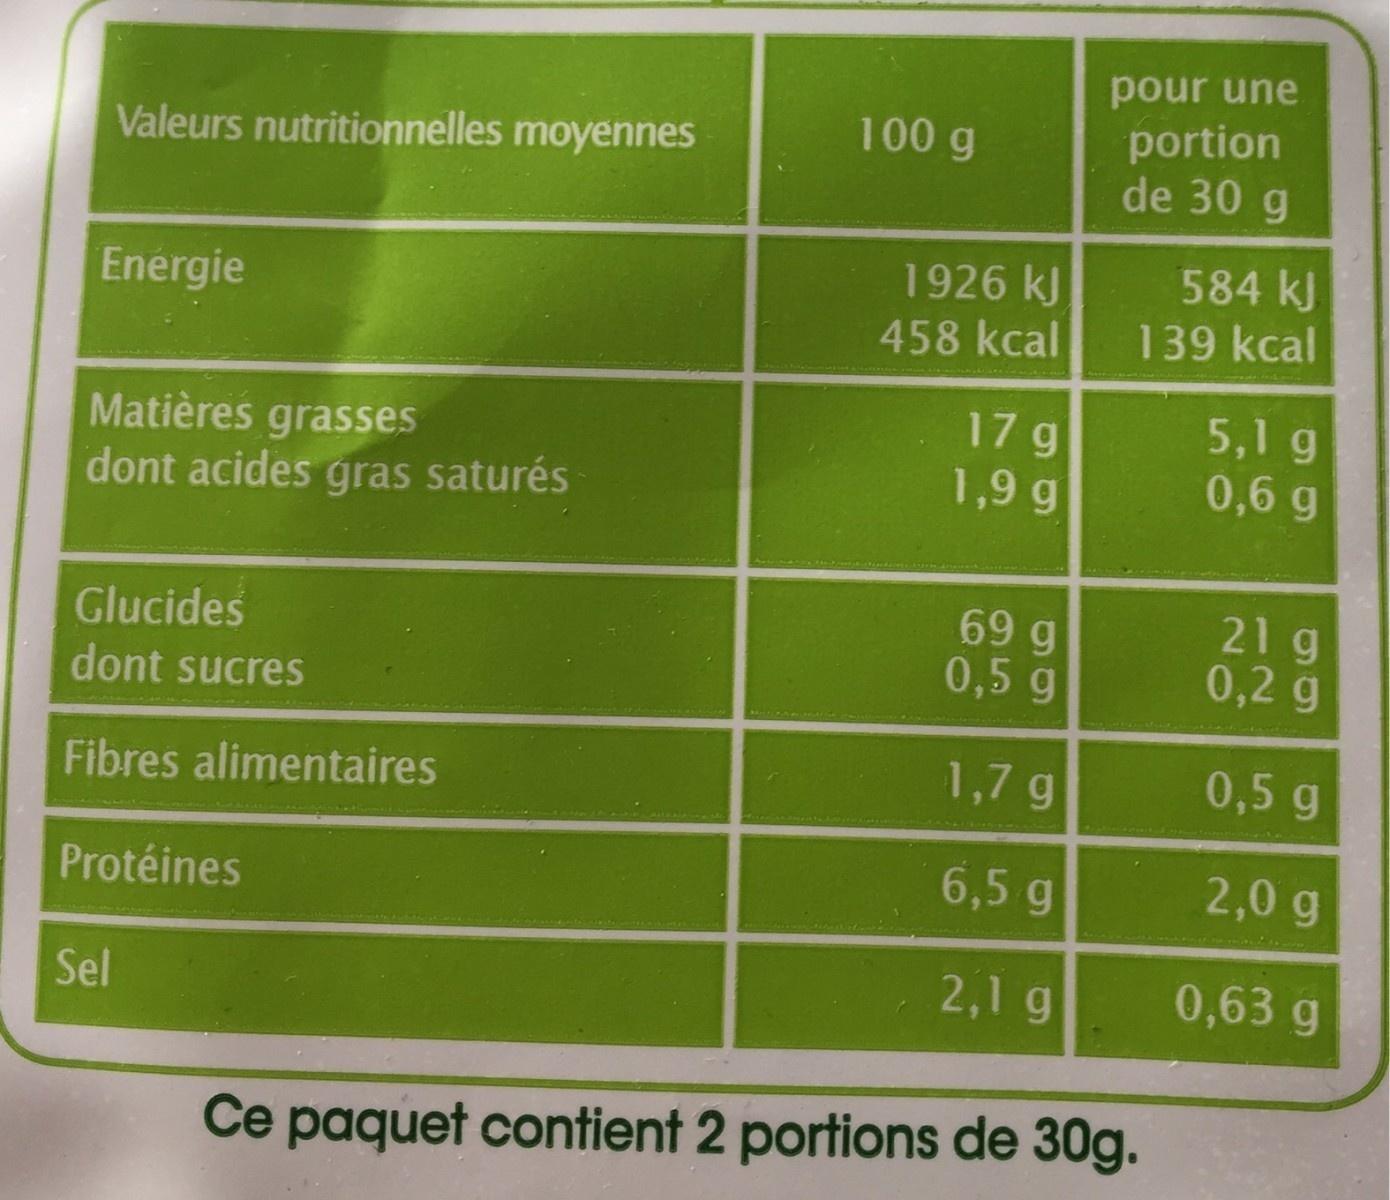
pour une
portion de 30 g
100 g
Valeurs nutritionnelles moyennes
584 kJ
1926 kJ 458 kcal
Energie
139 kcal
5,1 g 0,6 g
17g
Matières grasses dont acides gras saturés
1,9 g
Glucides dont sucres
69 g 0,5 g
21 g 0,2 g
1,7 g
0,5 g
Fibres alimentaires
6,5 g
2,0 g
Protéines
2,1 g
0,63 g
Sel
Ce paquet contient 2 portions de 30g.